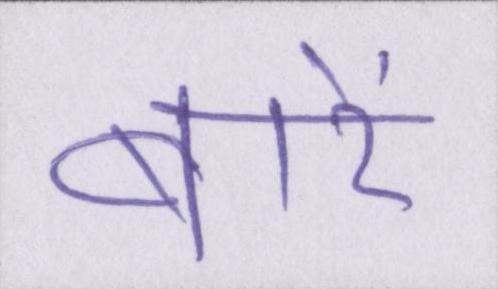
बारें